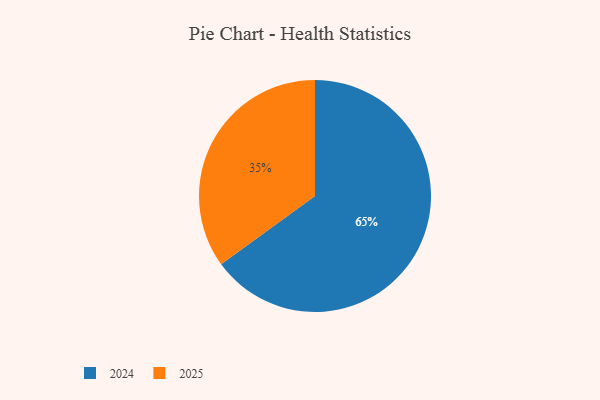
{"axis": {"x": "Category", "y": "Percentage"}, "legend": ["2024", "2025"], "data": [{"x": "2025", "y": 35, "type": "2025"}, {"x": "2024", "y": 65, "type": "2024"}]}